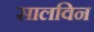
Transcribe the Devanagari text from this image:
सालविन